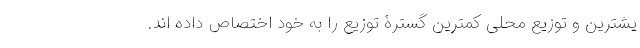
یشترین و توزیع محلی کمترین گسترۀ توزیع را به خود اختصاص داده اند.